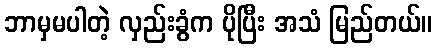
ဘာမှမပါတဲ့ လှည်းခွံက ပိုပြီး အသံ မြည်တယ်။